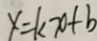
y = k x + b